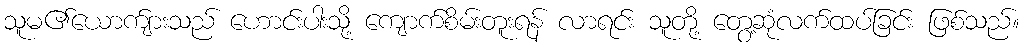
သူမ၏ယောက်ျားသည် ဟောင်းပါးသို့ ကျောက်စိမ်းတူးရန် လာရင်း သူတို့ တွေ့ဆုံလက်ထပ်ခြင်း ဖြစ်သည်။